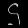
Digit: ၄